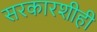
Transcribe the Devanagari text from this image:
सरकारशीही